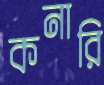
কনারি